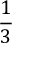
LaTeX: \frac { 1 } { 3 }